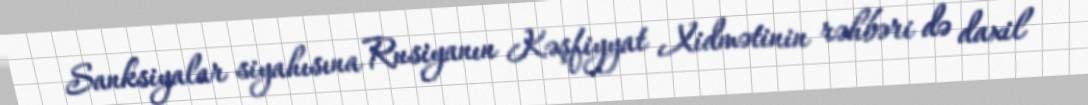
Sanksiyalar siyahısına Rusiyanın Kəşfiyyat Xidmətinin rəhbəri də daxil